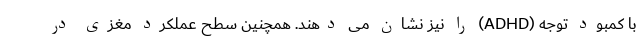
با کمبود توجه (ADHD) را نیز نشان می دهند. همچنین سطح عملکرد مغزی در